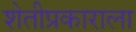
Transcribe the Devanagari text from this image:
शेतीप्रकाराला